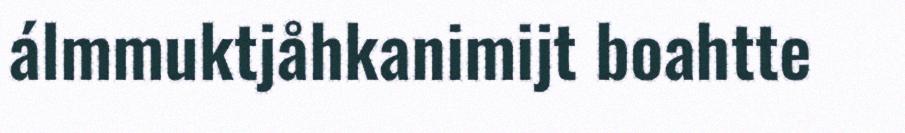
álmmuktjåhkanimijt boahtte